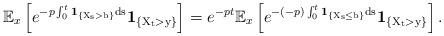
LaTeX: \begin{align*}\mathbb E_x\left[e^{-p\int_{0}^{t}\rm{\bf{1}}_{\{X_s > b\}}ds}\rm{\bf{1}}_{\{X_{t}>y\}}\right]=e^{-pt}\mathbb E_x\left[e^{-(-p)\int_{0}^{t}\rm{\bf{1}}_{\{X_s \leq b\}}ds}\rm{\bf{1}}_{\{X_{t}>y\}}\right].\end{align*}